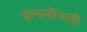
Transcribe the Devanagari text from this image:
इत्यादींचाही